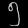
Digit: ၅